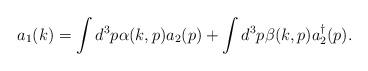
LaTeX: \begin{align*}a_1(k)=\int d^3p \alpha(k,p)a_2(p) + \int d^3p \beta(k,p)a_2^{\dagger}(p).\end{align*}